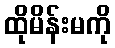
ထိုမိန်းမကို